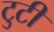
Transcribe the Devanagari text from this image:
टुटी